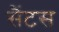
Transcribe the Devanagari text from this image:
सैंटस